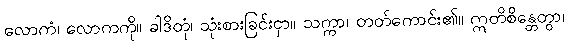
လောကံ၊ လောကကို။ ခါဒိတုံ၊ သုံးစားခြင်းငှာ။ သက္ကာ၊ တတ်ကောင်း၏။ ဣတိစိန္တေတွာ၊